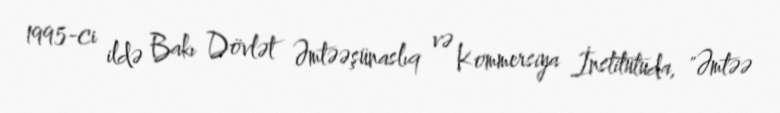
1995-ci ildə Bakı Dövlət Əmtəəşünaslıq və Kommersiya İnstitutuda, "Əmtəə